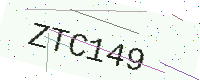
Text: ZTC149